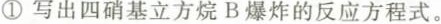
①写出四硝基立方烷B爆炸的反应方程式。